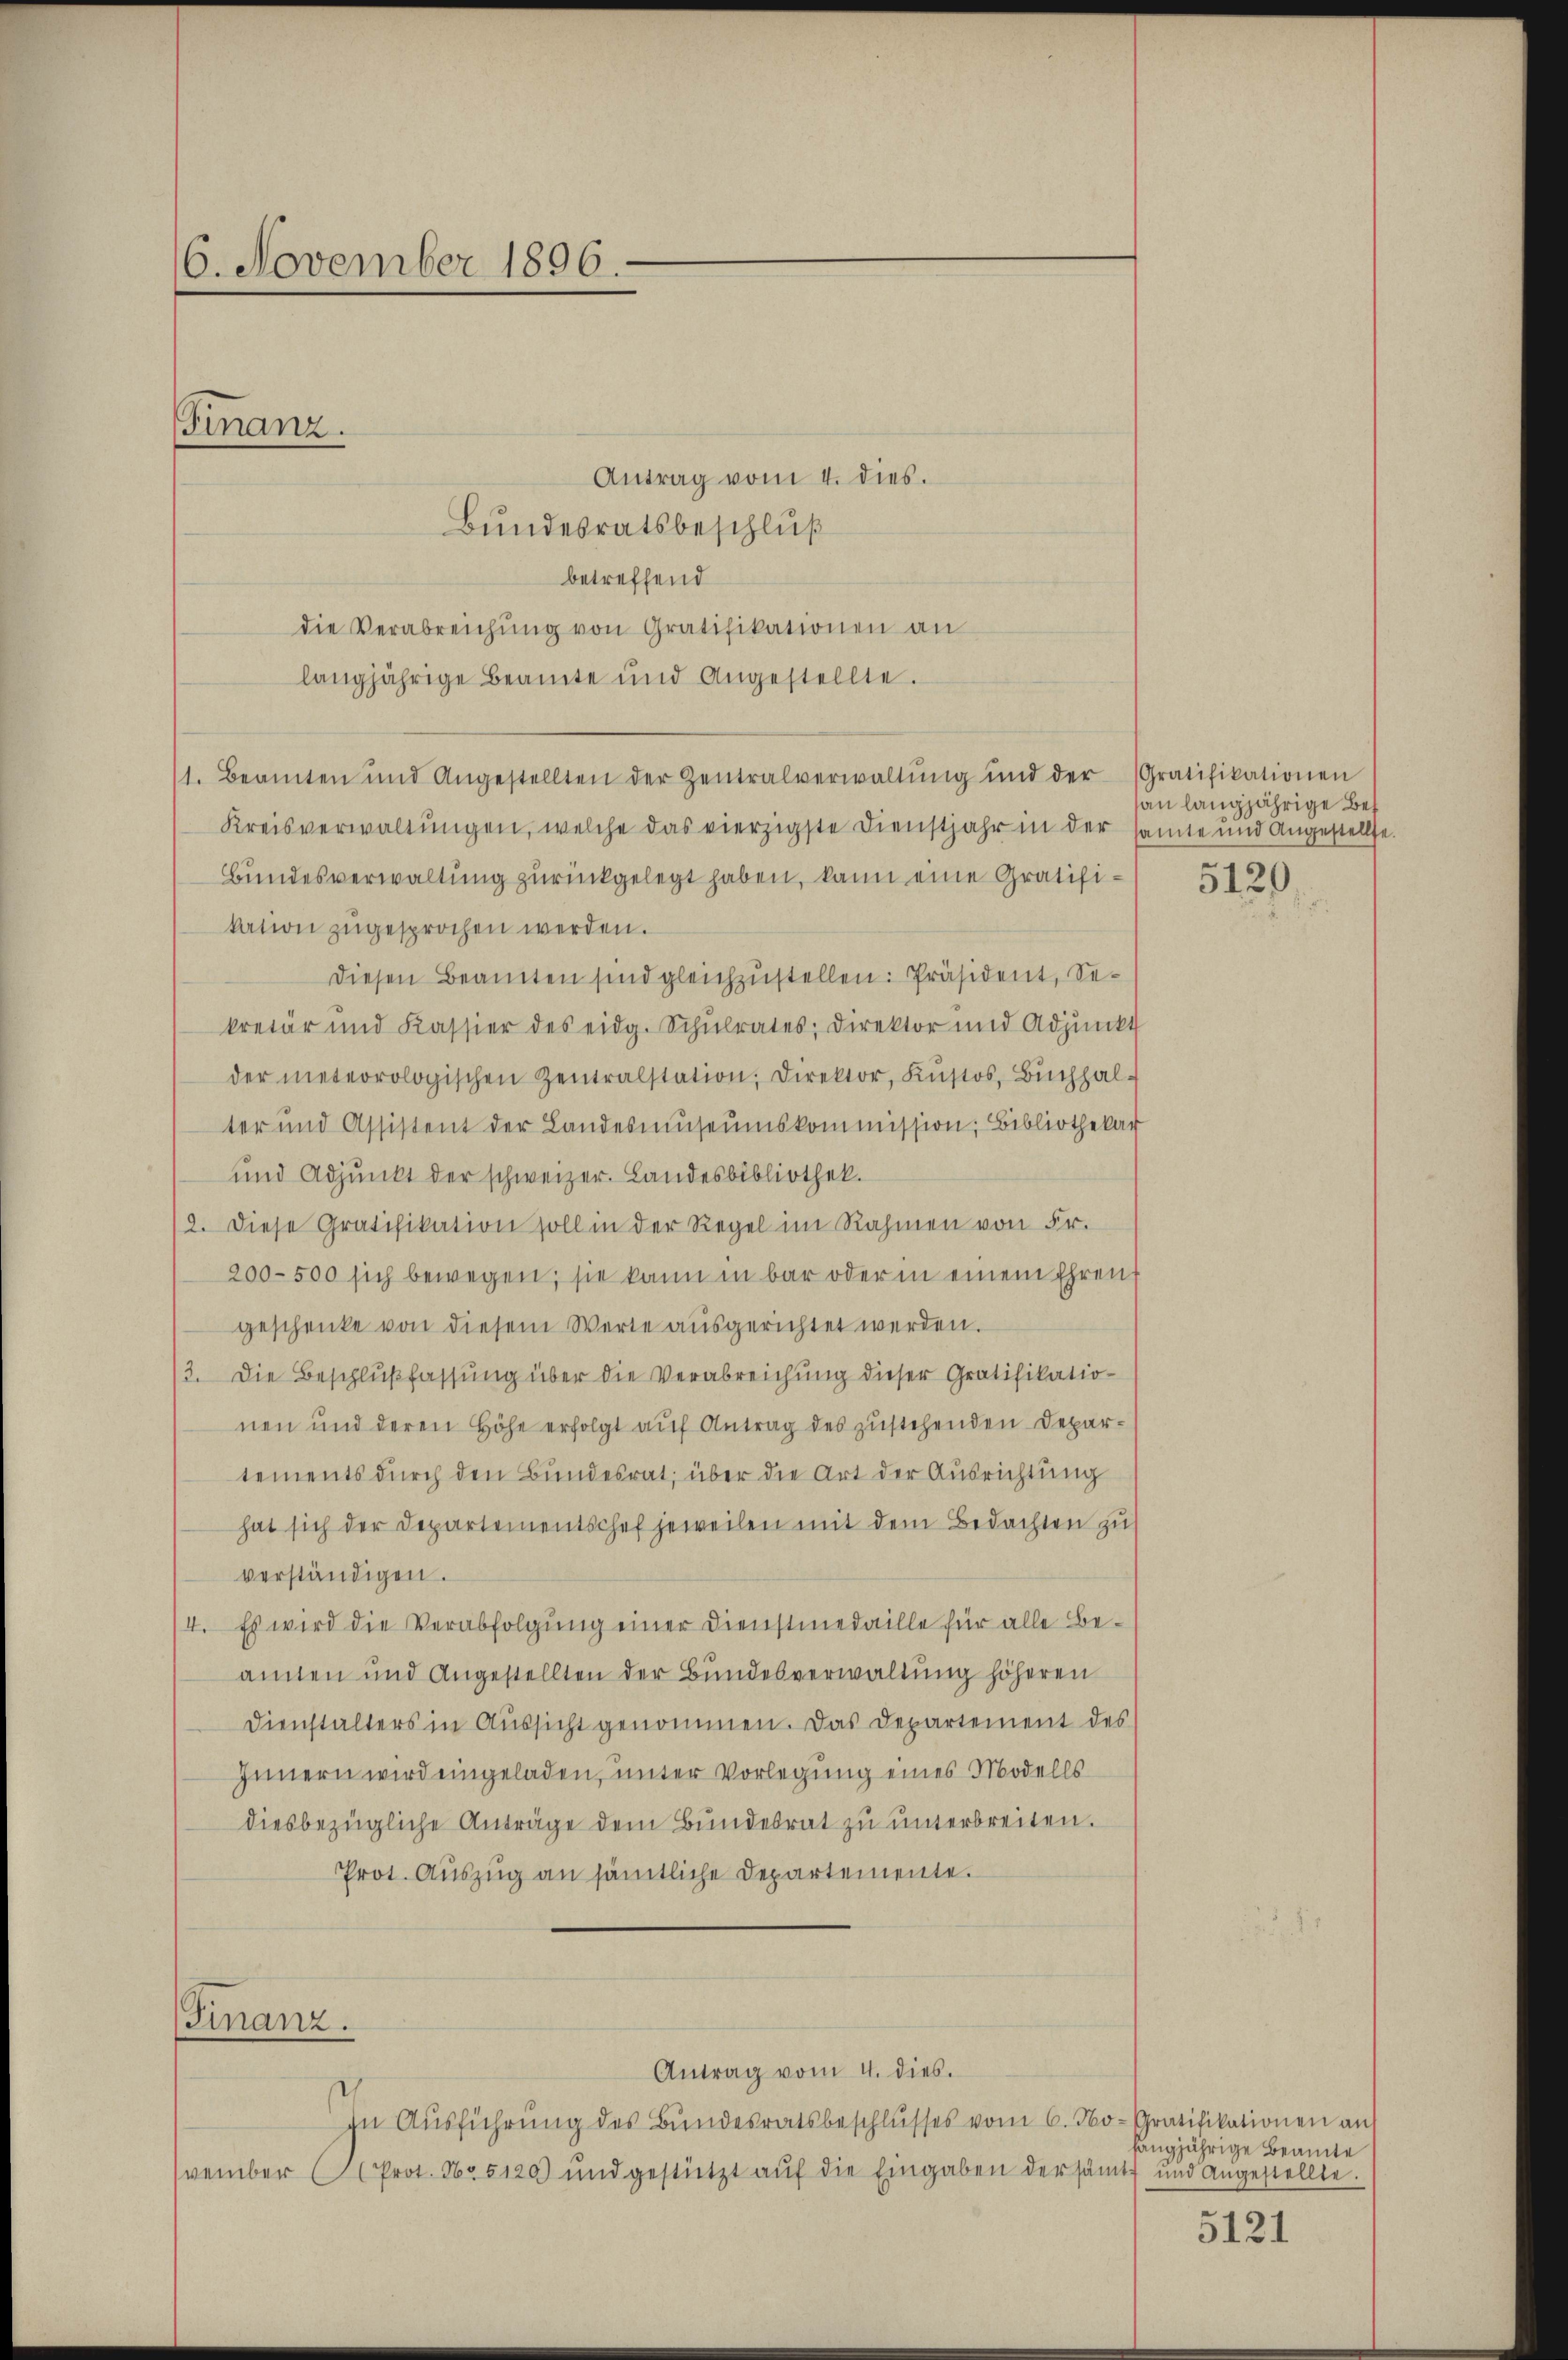
16. November 1896.

Antrag vom 4. dies.
Bundesratsbeschluß
betreffend
die Verabreichŭng von Gratifikationen an
langjährige Beamte und Angestellte.
1. Beamten und Angestellten der Zentralverwaltŭng ŭnd der Gratifikationen
Kreisverwaltungen, welche das vierzigste Dienstjahr in der samte und Angestellte.
Bundesverwaltung zurückgelegt haben, kann eine Gratifikation zugesprochen werden.
diesen Beamten sind gleichzustellen: Präsident, Sekretär und Kassier des eidg. Schŭlrates; direktor und Adjunkt
der meteorologischen Zentralstation, Direktor, Kŭstos, Bŭchhal-
ter und Assistent der Landesmŭseŭmskommission, Bibliothekar
und Adjunkt der schweizer. Landesbibliothek.
12. diese Gratifikation soll in der Regel im Rahmen von Fr.
200-500 sich bewegen; sie kann in bar oder in einem Ehren
geschenke von diesem Werte ausgerichtet werden.
/3. Die Beschlußfassung über die Verabreichung dieser Gratifikationen und deren Höhe erfolgt auf Antrag des zustehenden Departements durch den Bundesrat; über die Art der Ausrichtung
hat sich der Departementschef jeweilen mit dem Bedachten zu
verständigen.
4. Es wird die Verabfolgung einer Dienstmedaille für alle Be-
amten und Angestellten der Bundesverwaltung höheren
Dienstalters in Aŭssicht genommen. Das Departement des
Innern wird eingeladen, unter Vorlegung eines Modells
diesbezügliche Anträge dem Bundesrat zu unterbreiten.
Prot. Auszug an sämtliche Departemente.

Finanz.

Finanz.

Antrag vom 4. dies.

In Aŭsführŭng des Bŭndesratsbeschlŭsses vom 6. No- Gratifikationen an
vember (Prot. No 5120) und gestützt auf die Eingaben der sämmt und angestellte.

an langjährige Bef

5120

hangjährige Beamte

5121